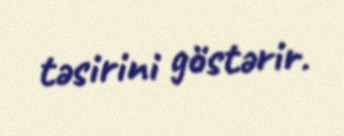
təsirini göstərir.